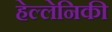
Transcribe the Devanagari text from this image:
हेल्लेनिकी